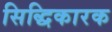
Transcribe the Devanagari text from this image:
सिद्धिकारक